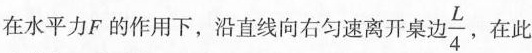
在水平力F的作用下，沿直线向右匀速离开桌边\frac{L}{4}，在此